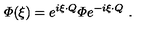
{ \mit \Phi } ( \xi ) = e ^ { i \xi \cdot Q } { \mit \Phi } e ^ { - i \xi \cdot Q } \ .